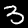
Label: 3